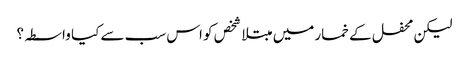
لیکن محفل کے خمار میں مبتلا شخص کو اس سب سے کیا واسطہ؟